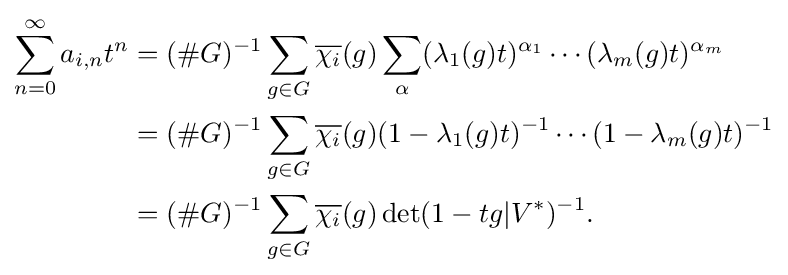
{\begin{aligned}\sum _{n=0}^{\infty }a_{i,n}t^{n}&=(\#G)^{-1}\sum _{g\in G}{\overline {\chi _{i}}}(g)\sum _{\alpha }(\lambda _{1}(g)t)^{\alpha _{1}}\cdots (\lambda _{m}(g)t)^{\alpha _{m}}\\&=(\#G)^{-1}\sum _{g\in G}{\overline {\chi _{i}}}(g)(1-\lambda _{1}(g)t)^{-1}\cdots (1-\lambda _{m}(g)t)^{-1}\\&=(\#G)^{-1}\sum _{g\in G}{\overline {\chi _{i}}}(g)\det(1-tg|V^{*})^{-1}.\end{aligned}}